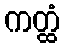
ကတ္ထံ